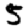
Digit: 5